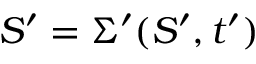
S ^ { \prime } = \Sigma ^ { \prime } ( S ^ { \prime } , t ^ { \prime } )